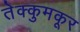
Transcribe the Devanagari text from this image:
तेक्कुमकूर